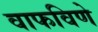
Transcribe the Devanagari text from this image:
वाफविणे